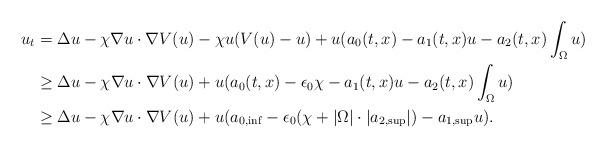
LaTeX: \begin{align*}u_t&=\Delta u -\chi \nabla u\cdot \nabla V(u)-\chi u (V(u)-u)+u(a_0(t,x)-a_1(t,x)u-a_2(t,x)\int_{\Omega}u)\\&\ge \Delta u -\chi \nabla u\cdot \nabla V(u)+u(a_0(t,x)-\epsilon_0\chi -a_1(t,x)u-a_2(t,x)\int_{\Omega}u)\\&\ge \Delta u-\chi \nabla u\cdot\nabla V(u)+u(a_{0,\inf}-\epsilon_0(\chi+|\Omega|\cdot |a_{2,\sup}|)-a_{1,\sup} u).\end{align*}